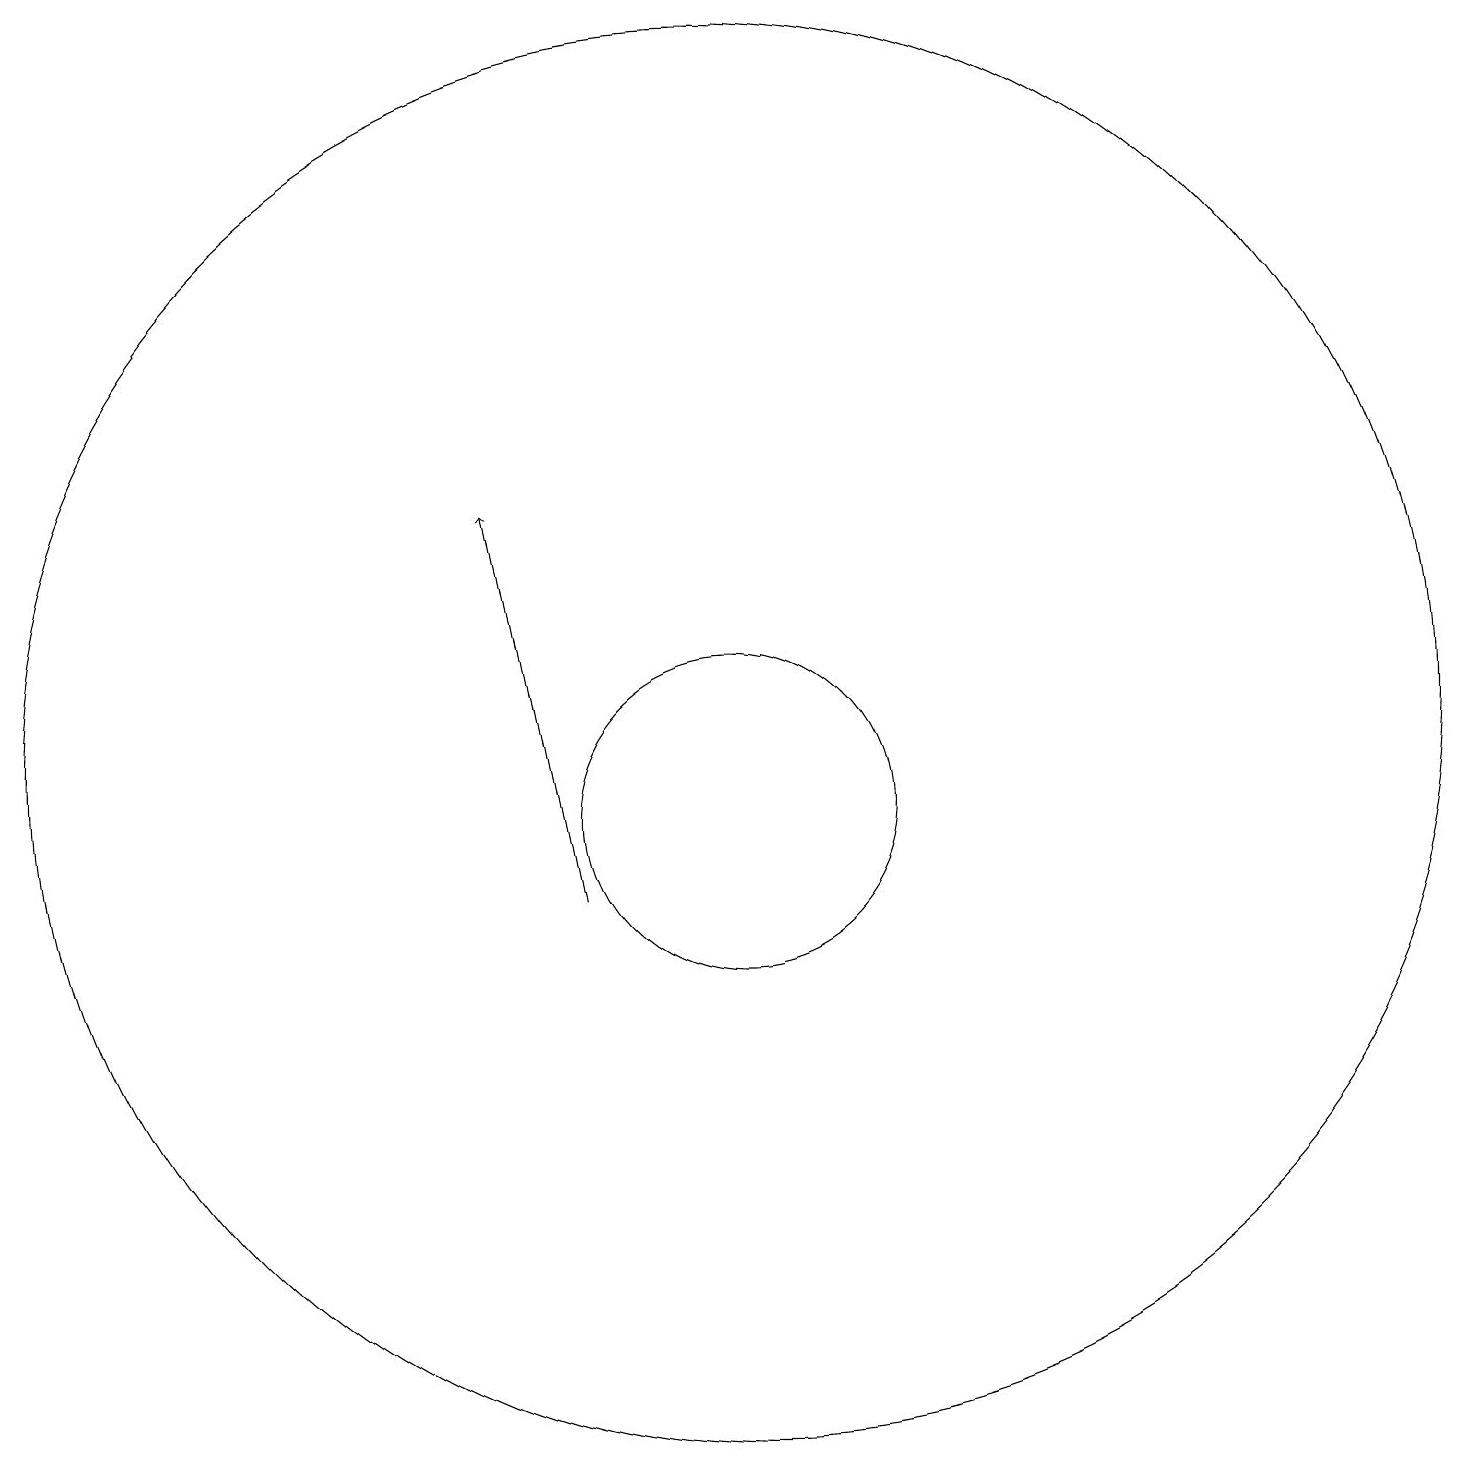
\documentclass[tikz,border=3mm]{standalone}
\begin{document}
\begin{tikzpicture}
\draw (11,11) circle (2);
\draw[->] (9,10) -- (8,15);
\draw (11,12) circle (9);
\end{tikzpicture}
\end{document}